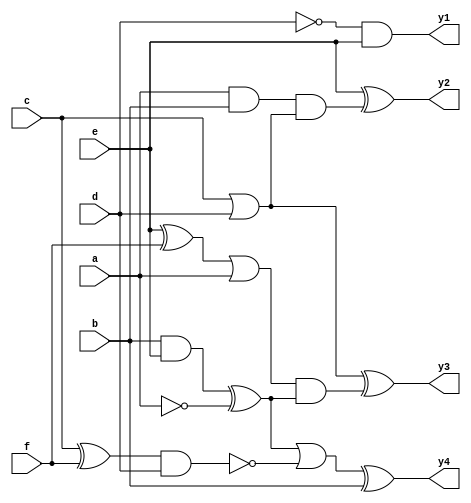
module ckt_gatelevel(a,b,c,d,e,f,y1,y2,y3,y4);
	input a,b,c,d,e,f;
	output y1,y2,y3,y4;
	wire w1,w2,w3,w4,w5,w6,w7,w8,w9,w10,w11,w12,w13,w14;
	not i1(w1,d);
	and i2(y1,w1,e);
	and i3(w2,a,b);
	and i4(w4,w2,w3);
	or i5(w3,c,d);
	xor i6(y2,e,w4);
	xor i7(w5,e,f);
	or i8(w6,w5,a);
	and i9(w7,w6,w10);
	xor i10(y3,w3,w7);
	not i11(w8,a);
	and i12(w9,b,e);
	xor i13(w10,w9,w8);
	xor i14(w11,c,f);
	and i15(w12,w11,d);
	not i16(w13,w12);
	or i17(w14,w10,w13);
	xor i18(y4,w14,b);
endmodule